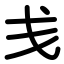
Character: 戋